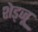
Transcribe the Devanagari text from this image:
शेड्जू